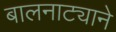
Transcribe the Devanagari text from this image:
बालनाट्याने